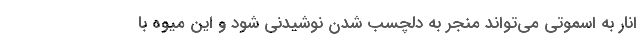
انار به اسموتی می‌تواند منجر به دلچسب شدن نوشیدنی شود و این میوه با